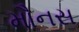
મૌનસ